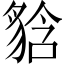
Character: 𧳘